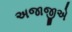
અજાજીએ